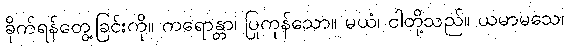
ခိုက်ရန်တွေ့ခြင်းကို။ ကရောန္တာ၊ ပြုကုန်သော။ မယံ၊ ငါတို့သည်။ ယမာမသေ၊